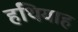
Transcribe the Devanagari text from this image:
हथियाह